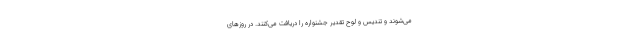
می‌شوند و تندیس و لوح تقدیر جشنواره را دریافت می‌کنند. در روزهای